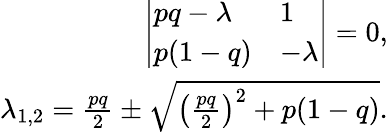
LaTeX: \begin{array}{r}{\left|\begin{array}{ll}{pq-\lambda}&{1}\\ {p(1-q)}&{-\lambda}\end{array}\right|=0,}\\ {\lambda_{1,2}=\frac{pq}{2}\pm\sqrt{\left(\frac{pq}{2}\right)^{2}+p(1-q)}.}\end{array}